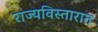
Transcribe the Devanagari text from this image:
राज्यविस्तारात